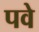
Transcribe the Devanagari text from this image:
पवे